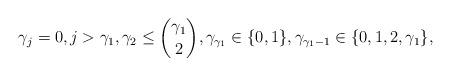
LaTeX: \begin{align*} \gamma_j=0, j>\gamma_1, \gamma_2\leq\binom{\gamma_1}{2}, \gamma_{\gamma_1}\in\{0,1\}, \gamma_{\gamma_1-1}\in\{0,1,2,\gamma_1\},\end{align*}